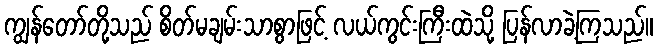
ကျွန်တော်တို့သည် စိတ်မချမ်းသာစွာဖြင့် လယ်ကွင်းကြီးထဲသို့ ပြန်လာခဲ့ကြသည်။